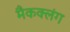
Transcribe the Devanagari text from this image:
मैकक्लंग